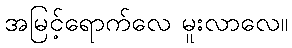
အမြင့်ရောက်လေ မူးလာလေ။